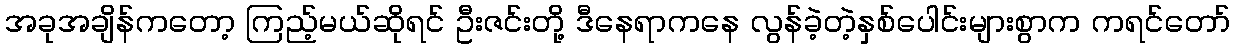
အခုအချိန်ကတော့ ကြည့်မယ်ဆိုရင် ဦးဇင်းတို့ ဒီနေရာကနေ လွန်ခဲ့တဲ့နှစ်ပေါင်းများစွာက ကရင်တော်